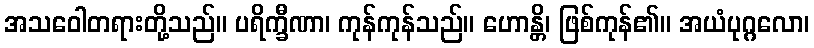
အသဝေါတရားတို့သည်။ ပရိက္ခီဏာ၊ ကုန်ကုန်သည်။ ဟောန္တိ၊ ဖြစ်ကုန်၏။ အယံပုဂ္ဂလော၊